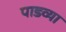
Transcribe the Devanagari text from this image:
पाडव्या